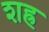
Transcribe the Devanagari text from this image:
शह्र